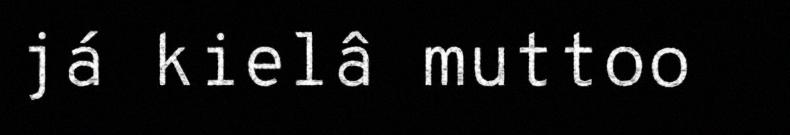
já kielâ muttoo